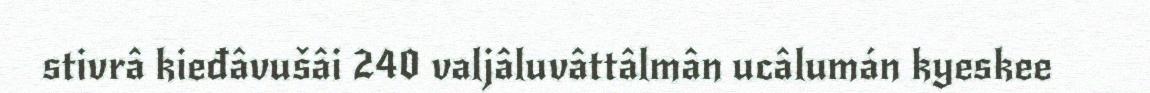
stivrâ kieđâvušâi 240 valjâluvâttâlmân ucâlumán kyeskee